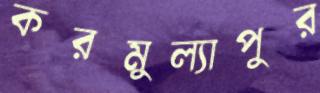
করমুল্যাপুর